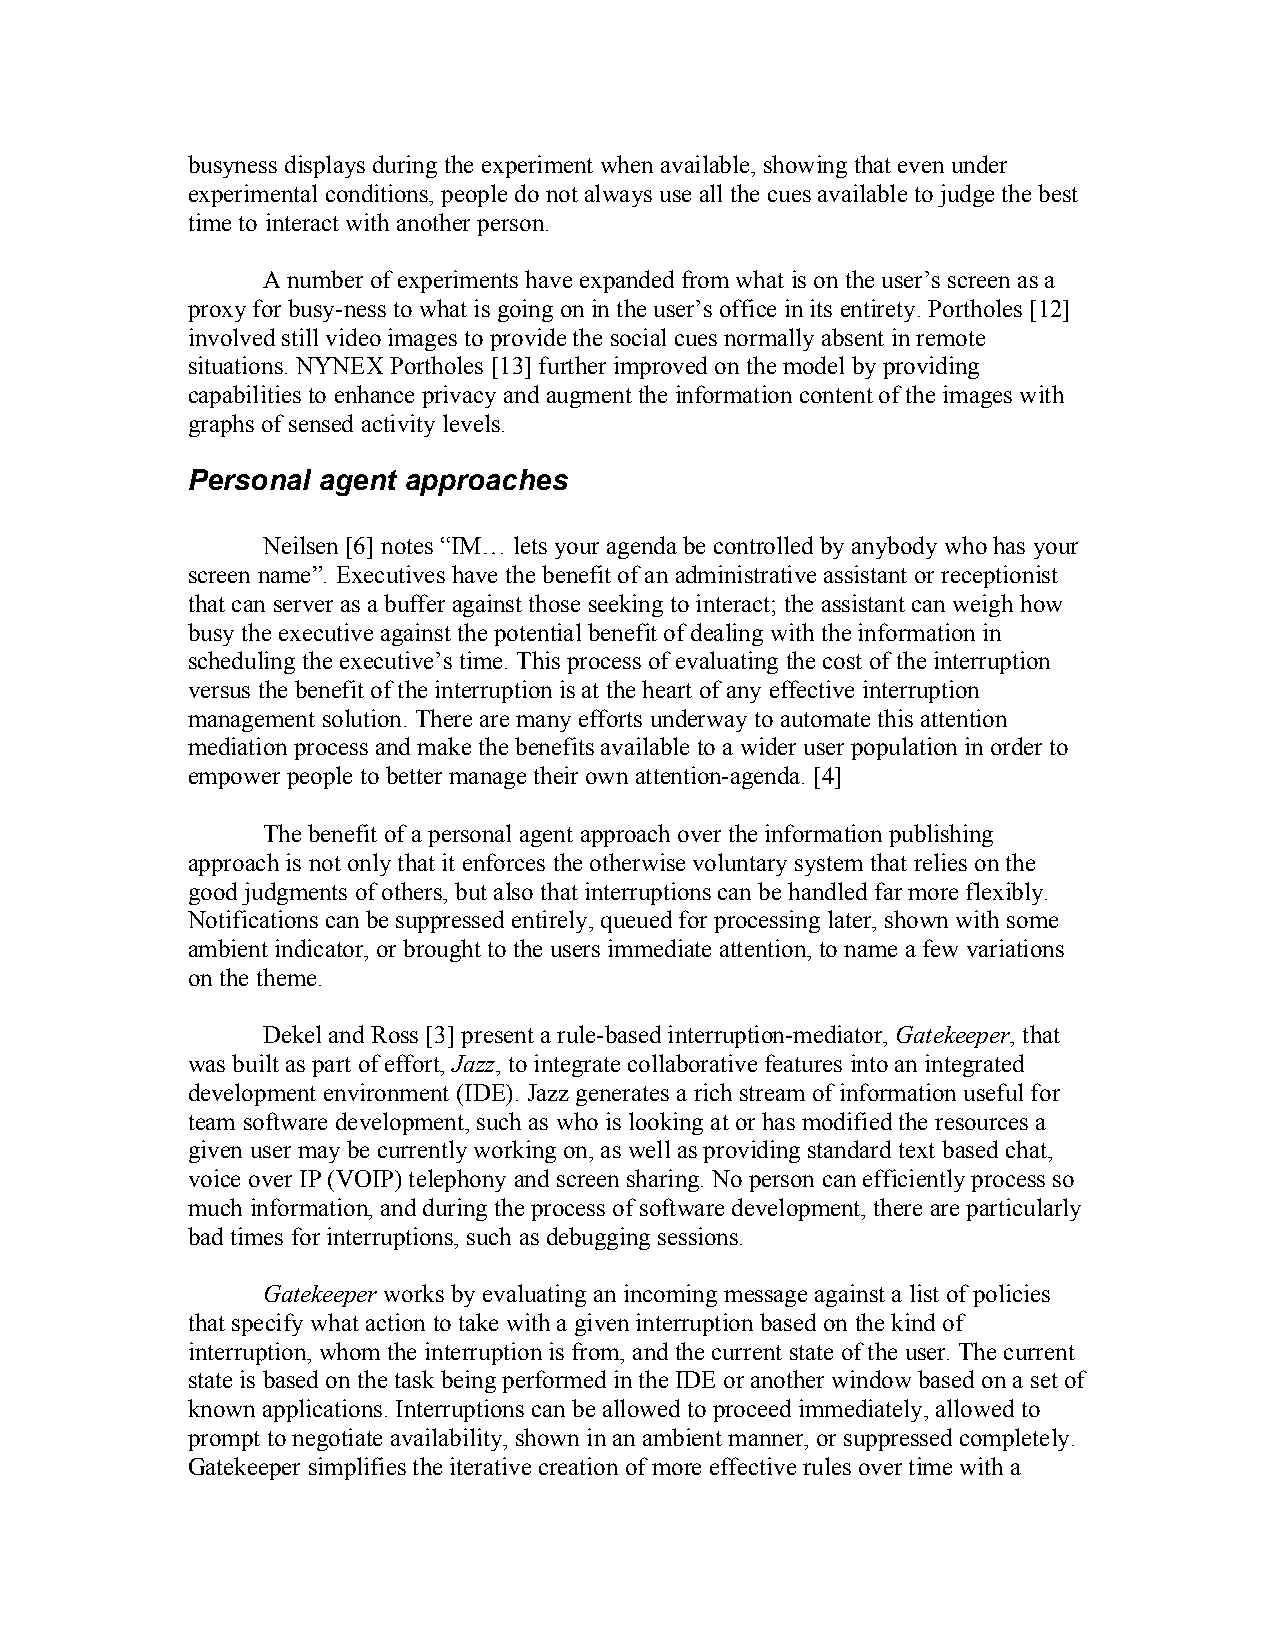
busyness displays during the experiment when available, showing that even under
 experimental conditions, people do not always use all the cues available to judge the best
 time to interact with another person.
 A number of experiments have expanded from what is on the user’s screen as a
 proxy for busy-ness to what is going on in the user’s office in its entirety. Portholes [12]
 involved still video images to provide the social cues normally absent in remote
 situations. NYNEX Portholes [13] further improved on the model by providing
 capabilities to enhance privacy and augment the information content of the images with
 graphs of sensed activity levels.
 Personal agent approaches
 Neilsen [6] notes “IM… lets your agenda be controlled by anybody who has your
 screen name”. Executives have the benefit of an administrative assistant or receptionist
 that can server as a buffer against those seeking to interact; the assistant can weigh how
 busy the executive against the potential benefit of dealing with the information in
 scheduling the executive’s time. This process of evaluating the cost of the interruption
 versus the benefit of the interruption is at the heart of any effective interruption
 management solution. There are many efforts underway to automate this attention
 mediation process and make the benefits available to a wider user population in order to
 empower people to better manage their own attention-agenda. [4]
 The benefit of a personal agent approach over the information publishing
 approach is not only that it enforces the otherwise voluntary system that relies on the
 good judgments of others, but also that interruptions can be handled far more flexibly.
 Notifications can be suppressed entirely, queued for processing later, shown with some
 ambient indicator, or brought to the users immediate attention, to name a few variations
 on the theme.
 Dekel and Ross [3] present a rule-based interruption-mediator, Gatekeeper, that
 was built as part of effort, Jazz, to integrate collaborative features into an integrated
 development environment (IDE). Jazz generates a rich stream of information useful for
 team software development, such as who is looking at or has modified the resources a
 given user may be currently working on, as well as providing standard text based chat,
 voice over IP (VOIP) telephony and screen sharing. No person can efficiently process so
 much information, and during the process of software development, there are particularly
 bad times for interruptions, such as debugging sessions.
 Gatekeeper works by evaluating an incoming message against a list of policies
 that specify what action to take with a given interruption based on the kind of
 interruption, whom the interruption is from, and the current state of the user. The current
 state is based on the task being performed in the IDE or another window based on a set of
 known applications. Interruptions can be allowed to proceed immediately, allowed to
 prompt to negotiate availability, shown in an ambient manner, or suppressed completely.
 Gatekeeper simplifies the iterative creation of more effective rules over time with a